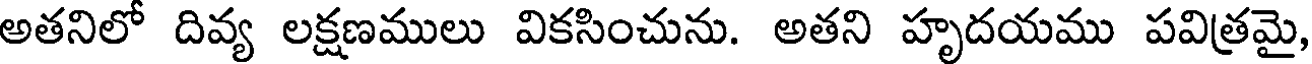
అతనిలో దివ్య లక్షణములు వికసించును. అతని హృదయము పవిత్రమై,